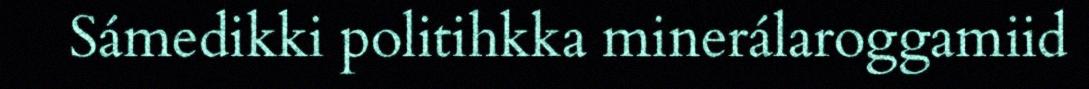
Sámedikki politihkka minerálaroggamiid